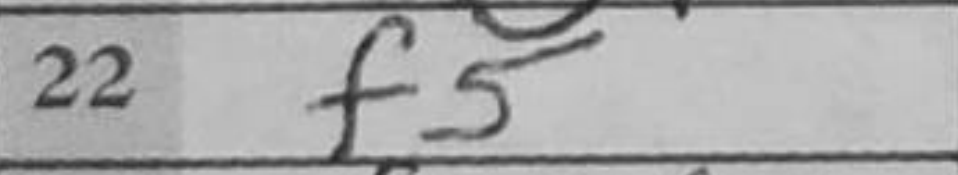
Transcription: f5